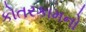
કોતરકામનો